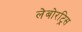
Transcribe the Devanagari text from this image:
लेबोरट्रिस